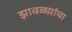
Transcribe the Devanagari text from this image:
झावळय़ांचा